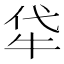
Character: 牮